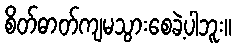
စိတ်ဓာတ်ကျမသွားစေခဲ့ပါဘူး။